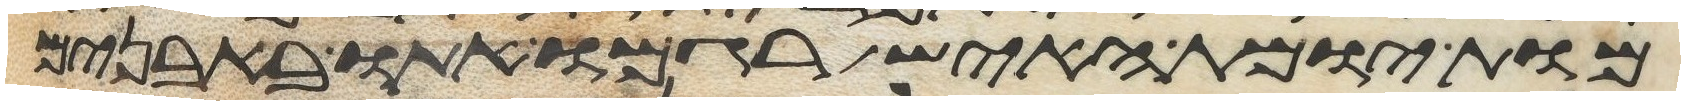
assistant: מות יומת האיש רגמו אתו באבנים